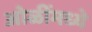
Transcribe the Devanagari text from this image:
ओळींमध्ये